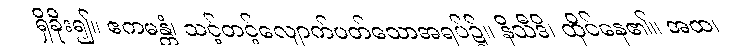
ရှိခိုး၍။ ဧကမန္တံ၊ သင့်တင့်လျောက်ပတ်သောအရပ်၌။ နိသီဒိ၊ ထိုင်နေ၏။ အထ၊